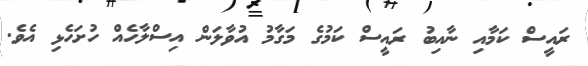
ރައީސް ކަމާއި ނާއިބު ރައީސް ކަމުގެ މަގާމު އުވާލަން އިސްލާހެއް ހުށަހެޅި އެވެ.